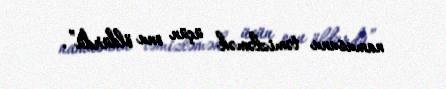
namusunu təmizləmək üçün onu öldürdü”.